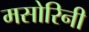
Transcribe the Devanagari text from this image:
मसोरिनी